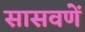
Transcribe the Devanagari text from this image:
सासवणें